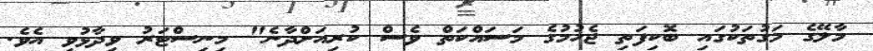
މާލޭގެ މަގުތަކުގައި ބޮކިފަތި ޖެހުމުގެ މަސައްކަތް ވެސް ކުރިއަށްދާނެ" މިނިސްޓަރު ވިދާޅުވި އެވެ.